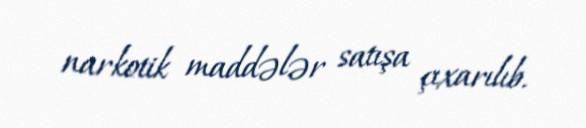
narkotik maddələr satışa çıxarılıb.